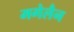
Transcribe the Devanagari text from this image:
मगेलैन